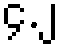
၄.၂